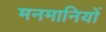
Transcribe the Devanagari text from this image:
मनमानियों